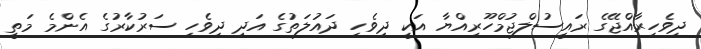
ދިވެހިރާއްޖޭގެ ރައީސުލްޖުމްހޫރިއްޔާ އަކީ ދިވެހި ދައުލަތުގެ އަދި ދިވެހި ސަރުކާރުގެ އެންމެ މަތީ